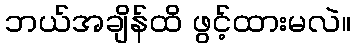
ဘယ်အချိန်ထိ ဖွင့်ထားမလဲ။